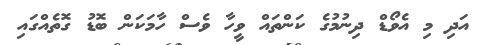
އަދި މި އެވޯޑް ދިނުމުގެ ކަންތައް ވީހާ ވެސް ހާމަކަން ބޮޑު ގޮތެއްގައި